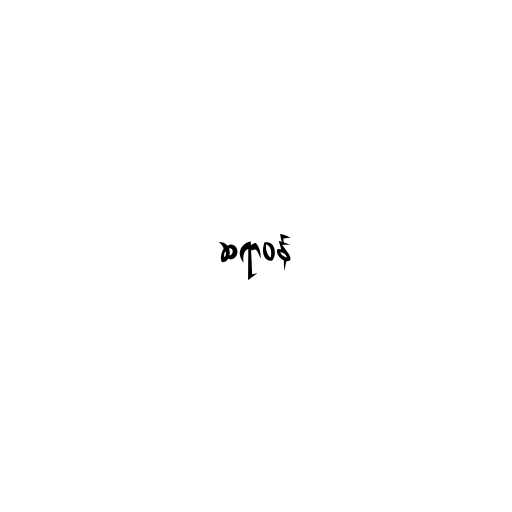
ဆရာဝန်